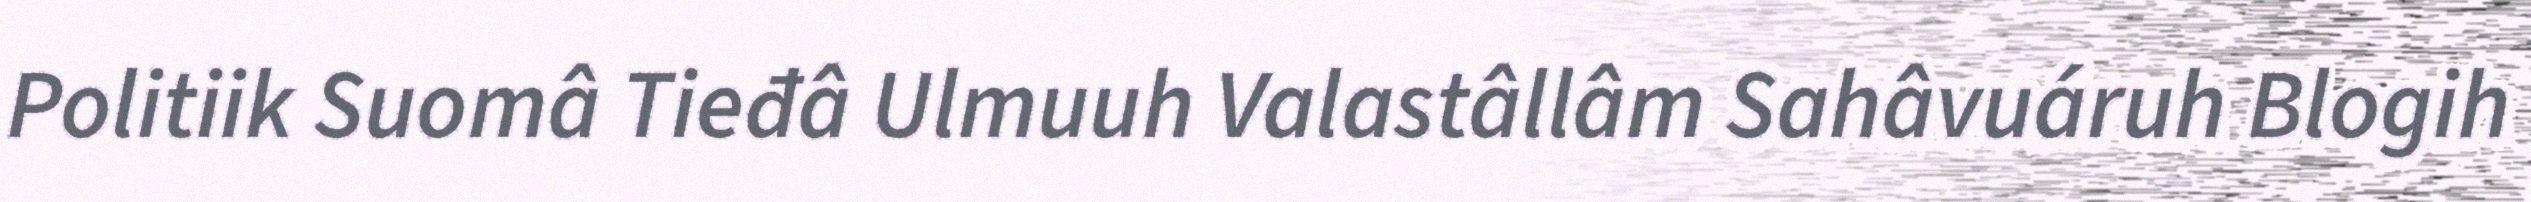
Politiik Suomâ Tieđâ Ulmuuh Valastâllâm Sahâvuáruh Blogih